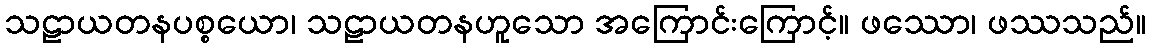
သဠာယတနပစ္စယော၊ သဠာယတနဟူသော အကြောင်းကြောင့်။ ဖဿော၊ ဖဿသည်။